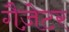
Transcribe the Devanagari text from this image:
गैज़ेटर